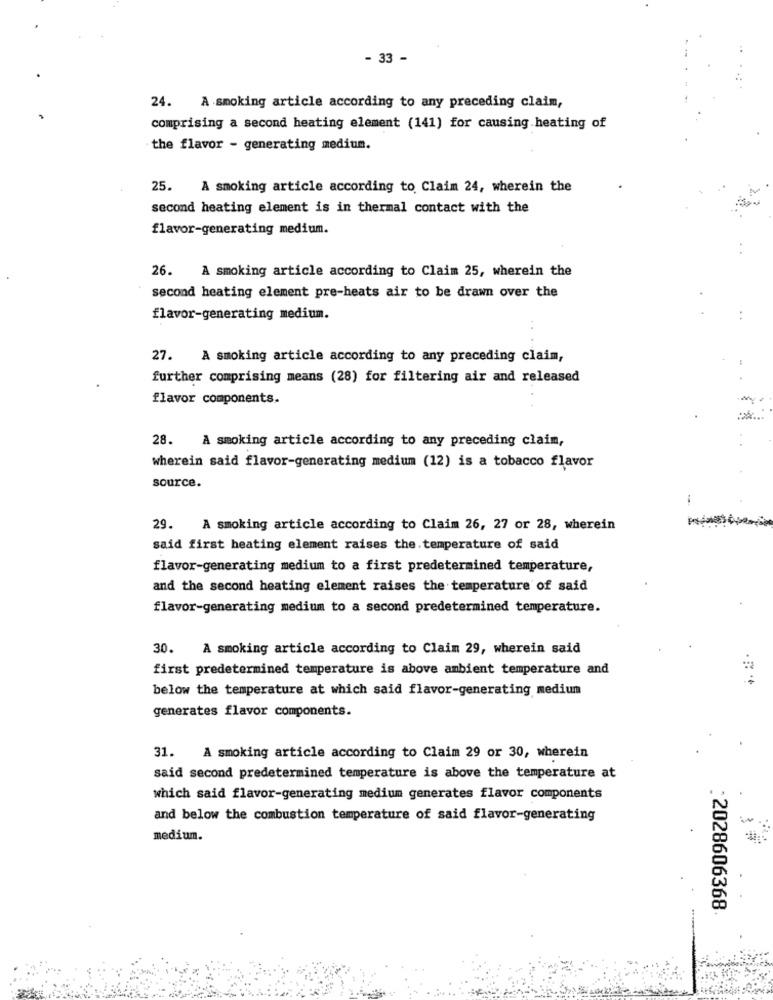
- 33 -
24. A smoking article according to any preceding claim,
comprising a second heating element (141) for causing heating of
the flavor - generating medium.
25. A smoking article according to Claim 24, wherein the
second heating element is in thermal contact with the
flavor-generating medium.
26. A smoking article according to Claim 25, wherein the
second heating element pre-heats air to be drawn over the
flavor-generating medium.
. .
27. A smoking article according to any preceding claim,
further comprising means (28) for filtering air and released
flavor components.
28. A smoking article according to any preceding claim,
wherein said flavor-generating medium (12) is a tobacco flavor
source.
29. A smoking article according to Claim 26, 27 or 28, wherein
said first heating element raises the. temperature of said
flavor-generating medium to a first predetermined temperature,
and the second heating element raises the temperature of said
flavor-generating medium to a second predetermined temperature.
30. A smoking article according to Claim 29, wherein said
first predetermined temperature is above ambient temperature and
below the temperature at which said flavor-generating medium
generates flavor components.
31. A smoking article according to Claim 29 or 30, wherein
said second predetermined temperature is above the temperature at
which said flavor-generating medium generates flavor components
and below the combustion temperature of said flavor-generating
medium.
:2028606368